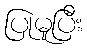
ပြုမူပြီး